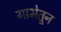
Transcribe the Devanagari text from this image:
गाभेतून